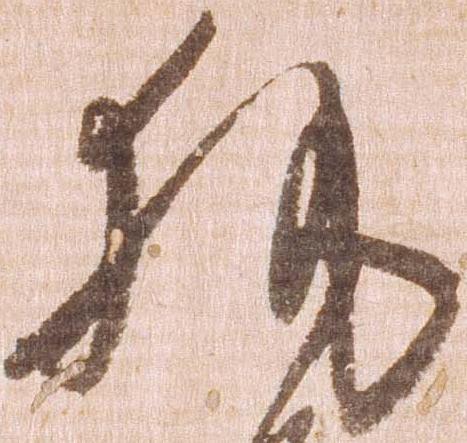
執